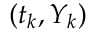
( t _ { k } , Y _ { k } )